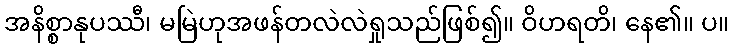
အနိစ္စာနုပဿီ၊ မမြဲဟုအဖန်တလဲလဲရှုသည်ဖြစ်၍။ ဝိဟရတိ၊ နေ၏။ ပ။